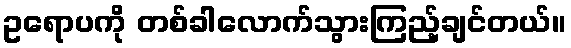
ဥရောပကို တစ်ခါလောက်သွားကြည့်ချင်တယ်။